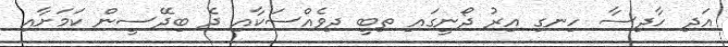
އަދި ހާދިސާ ހިނގި އިރު ދޯނީގައި ތިބީ ދިވެއްސަކާއި ދެ ބިދޭސީން ކަމަށާއި